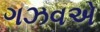
ગઝવએ